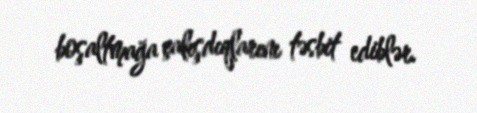
boşaltmağa çalışdıqlarını təsbit ediblər.